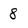
Character: 8